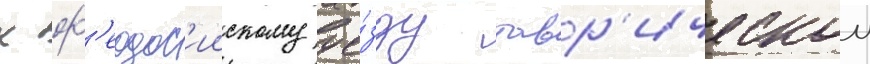
к ф'еодос'иискому уе́зду тавр'ическои